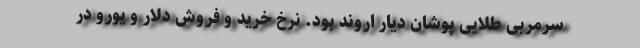
سرمربی طلایی پوشان دیار اروند بود. نرخ خرید و فروش دلار و یورو در